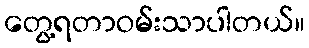
တွေ့ရတာဝမ်းသာပါတယ်။